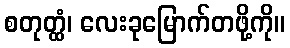
စတုတ္ထံ၊ လေးခုမြောက်တဖို့ကို။